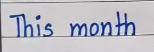
This month